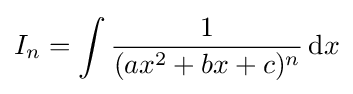
I_{n}=\int {\frac {1}{(ax^{2}+bx+c)^{n}}}\,{\text{d}}x\,\!